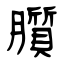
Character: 䑇